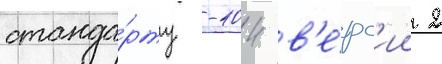
станда́рту -104 в'е́рс'ии 2